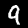
Digit: 9